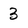
Character: 3